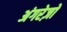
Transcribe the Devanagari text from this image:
अंगरेज़ों